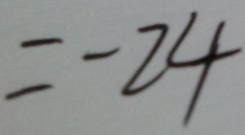
= - 2 4